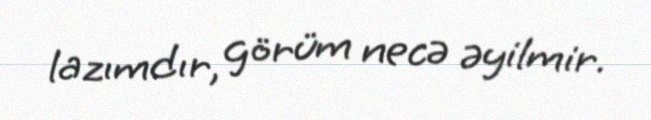
lazımdır, görüm necə əyilmir.